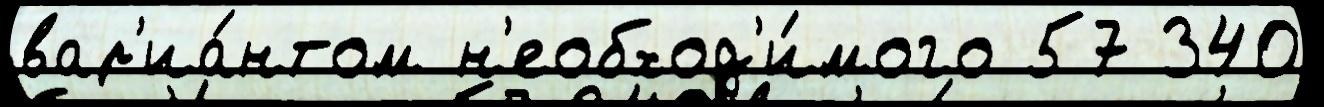
вар'иа́нтом н'еобход'и́мого 57 340